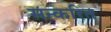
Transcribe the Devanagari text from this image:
सन्करित